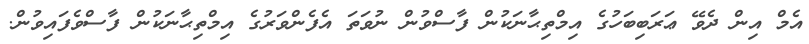
އެމް އިން ދެވޭ ޢަރަބިބަހުގެ އިމްތިޙާނަކުން ފާސްވުން ނުވަތަ އެފެންވަރުގެ އިމްތިޙާނަކުން ފާސްވެފައިވުން.